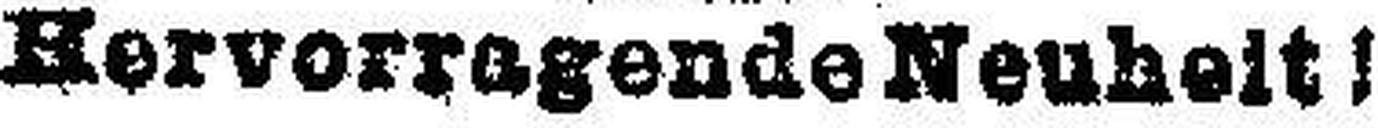
Hervorragende Neuheit !